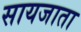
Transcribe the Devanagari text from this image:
सायजाता